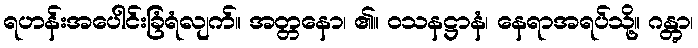
ရဟန်းအပေါင်းခြံရံလျက်။ အတ္တနော၊ ၏။ ဝသနဋ္ဌာနံ၊ နေရာအရပ်သို့။ ဂန္တွာ၊